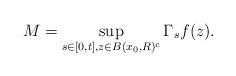
LaTeX: \begin{align*}M=\sup_{s\in[0,t],z\in B(x_{0},R)^{c}}\Gamma_{s}f(z).\end{align*}